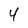
Character: 4